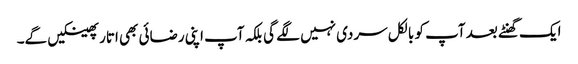
ایک گھنٹے بعد آپ کو بالکل سردی نہیں لگے گی بلکہ آپ اپنی رضائی بھی اتار پھینکیں گے۔